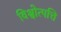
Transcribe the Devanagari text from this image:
विश्वोत्पत्ति